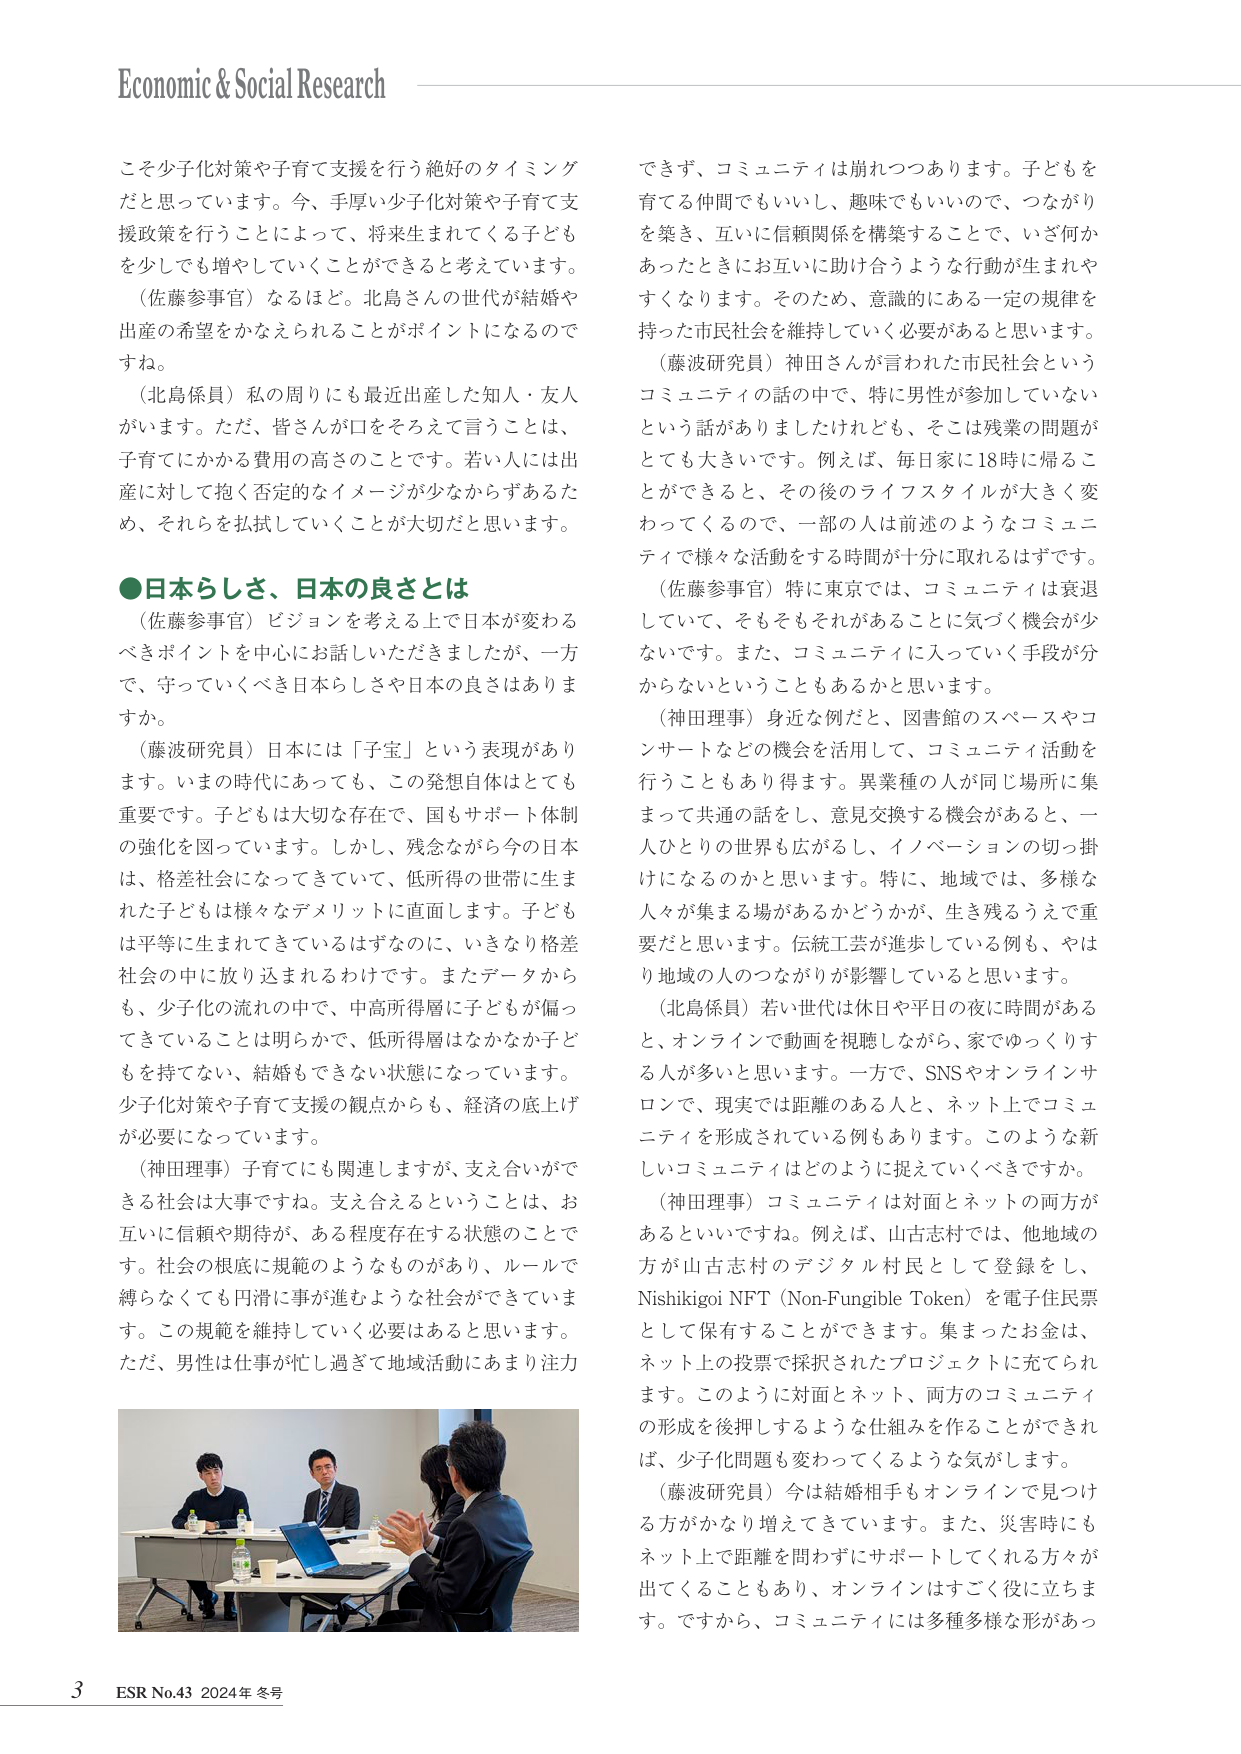
Economic & Social Research

こそ少子化対策や子育て支援を行う絶好のタイミング
だと思っています。今、手厚い少子化対策や子育て支
援政策を行うことによって、将来生まれてくる子ども
を少しでも増やしていくことができると考えています。
（佐藤参事官）なるほど。北島さんの世代が結婚や
出産の希望をかなえられることがポイントになるので
すね。
（北島係員）私の周りにも最近出産した知人・友人
がいます。ただ、皆さんが口をそろえて言うことは、
子育てにかかる費用の高さのことです。若い人には出
産に対して抱く否定的なイメージが少なからずあるた
め、それらを払拭していくことが大切だと思います。

●日本らしさ、日本の良さとは
（佐藤参事官）ビジョンを考える上で日本が変わる
べきポイントを中心にお話しいただきましたが、一方
で、守っていくべき日本らしさや日本の良さはありま
すか。
（藤波研究員）日本には「子宝」という表現があり
ます。いまの時代にあっても、この発想自体はとても
重要です。子どもは大切な存在で、国もサポート体制
の強化を図っています。しかし、残念ながら今の日本
は、格差社会になってきていて、低所得の世帯に生ま
れた子どもは様々なデメリットに直面します。子ども
は平等に生まれてきているはずなのに、いきなり格差
社会の中に放り込まれるわけです。またデータから
も、少子化の流れの中で、中高所得層に子どもが偏っ
てきていることは明らかで、低所得層はなかなか子ど
もを持てない、結婚もできない状態になっています。
少子化対策や子育て支援の観点からも、経済の底上げ
が必要になっています。
（神田理事）子育てにも関連しますが、支え合いがで
きる社会は大事ですね。支え合えるということは、お
互いに信頼や期待が、ある程度存在する状態のことで
す。社会の根底に規範のようなものがあり、ルールで
縛らなくても円滑に事が進むような社会ができていま
す。この規範を維持していく必要はあると思います。
ただ、男性は仕事が忙し過ぎて地域活動にあまり注力

できず、コミュニティは崩れつつあります。子どもを
育てる仲間でもいいし、趣味でもいいので、つながり
を築き、互いに信頼関係を構築することで、いざ何か
あったときにお互いに助け合うような行動が生まれや
すくなります。そのため、意識的にある一定の規律を
持った市民社会を維持していく必要があると思います。
（藤波研究員）神田さんが言われた市民社会という
コミュニティの話の中で、特に男性が参加していない
という話がありましたけれども、そこは残念の問題が
とても大きいです。例えば、毎日家に18時に帰るこ
とができると、その後のライフスタイルが大きく変
わってくるので、一部の人は前述のようなコミュニ
ティで様々な活動をする時間が十分に取れるはずです。
（佐藤参事官）特に東京では、コミュニティは衰退
していて、そもそもそれがあることに気づく機会が少
ないです。また、コミュニティに入っていく手段が分
からないということもあるかと思います。
（神田理事）身近な例だと、図書館のスペースやコ
ンサートなどの機会を活用して、コミュニティ活動を
行うこともあり得ます。異業種の人が同じ場所に集
まって共通の話をし、意見交換する機会があると、一
人ひとりの世界も広がるし、イノベーションの切っ掛
けになるのかと思います。特に、地域では、多様な
人々が集まる場があるかどうかが、生き残るうえで重
要だと思います。伝統工芸が進歩している例も、やは
り地域の人とのつながりが影響していると思います。
（北島係員）若い世代は休日や平日の夜に時間がある
と、オンラインで動画を視聴しながら、家でゆっくりす
る人が多いと思います。一方で、SNSやオンラインサ
ロンで、現実では距離のある人と、ネット上でコミュ
ニティを形成されている例もあります。このような新
しいコミュニティはどのように捉えていくべきですか。
（神田理事）コミュニティは対面とネットの両方が
あるといいですね。例えば、山古志村では、他地域の
方が山古志村のデジタル村民として登録をし、
Nishikigoi NFT（Non-Fungible Token）を電子住民票
として保有することができます。集まったお金は、
ネット上の投票で採択されたプロジェクトに充てられ
ます。このように対面とネット、両方のコミュニティ
の形成を後押しするような仕組みを作ることができれ
ば、少子化問題も変わってくるような気がします。
（藤波研究員）今は結婚相手もオンラインで見つけ
る方がかなり増えてきています。また、災害時にも
ネット上で距離を問わずに対応してくれる方が
出てくることもあり、オンラインはすごく役に立ちま
す。ですから、コミュニティには多種多様な形があっ

3 ESR No.43 2024年 冬号